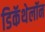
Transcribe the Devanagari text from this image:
डिकॅथेलॉन